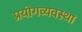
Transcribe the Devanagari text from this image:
प्रयोगव्यवस्था